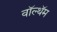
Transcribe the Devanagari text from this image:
वॉल्थॅम